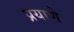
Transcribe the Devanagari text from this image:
प्रयाणे